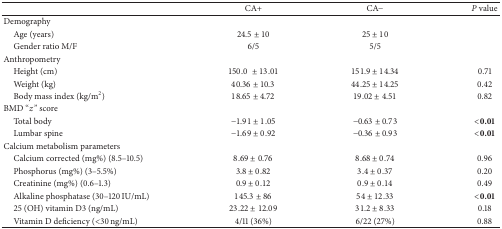
<table><thead><tr><td><b> </b></td><td><b>CA+</b></td><td><b>CA−</b></td><td><b><i>P</i> value</b></td></tr></thead><tbody><tr><td>Demography</td><td> </td><td> </td><td> </td></tr><tr><td> Age (years)</td><td>24.5 ± 10</td><td>25 ± 10</td></tr><tr><td> Gender ratio M/F</td><td>6/5</td><td>5/5</td></tr><tr><td>Anthropometry</td><td> </td><td> </td><td> </td></tr><tr><td> Height (cm)</td><td>150.0 ± 13.01</td><td>151.9 ± 14.34</td><td>0.71</td></tr><tr><td> Weight (kg) </td><td>40.36 ± 10.3</td><td>44.25 ± 14.25</td><td>0.42</td></tr><tr><td> Body mass index (kg/m<sup>2</sup>)</td><td>18.65 ± 4.72</td><td>19.02 ± 4.51</td><td>0.82</td></tr><tr><td>BMD “<i>z”</i> score</td><td> </td><td> </td><td> </td></tr><tr><td> Total body</td><td>−1.91 ± 1.05</td><td>−0.63 ± 0.73</td><td><b>&lt;0.01</b></td></tr><tr><td> Lumbar spine</td><td>−1.69 ± 0.92</td><td>−0.36 ± 0.93</td><td><b>&lt;0.01</b></td></tr><tr><td>Calcium metabolism parameters</td><td> </td><td> </td><td> </td></tr><tr><td> Calcium corrected (mg%) (8.5–10.5)</td><td>8.69 ± 0.76</td><td>8.68 ± 0.74</td><td>0.96</td></tr><tr><td> Phosphorus (mg%)(3–5.5%)</td><td>3.8 ± 0.82</td><td>3.4 ± 0.37</td><td>0.20</td></tr><tr><td> Creatinine (mg%)(0.6–1.3)</td><td>0.9 ± 0.12</td><td>0.9 ± 0.14</td><td>0.49</td></tr><tr><td> Alkaline phosphatase (30–120 IU/mL) </td><td>145.3 ± 86</td><td>54 ± 12.33</td><td><b>&lt;0.01</b></td></tr><tr><td> 25 (OH) vitamin D3 (ng/mL)</td><td>23.22 ± 12.09</td><td>31.2 ± 8.33</td><td>0.18</td></tr><tr><td> Vitamin D deficiency (&lt;30 ng/mL)</td><td>4/11 (36%)</td><td>6/22 (27%)</td><td>0.88</td></tr></tbody></table>